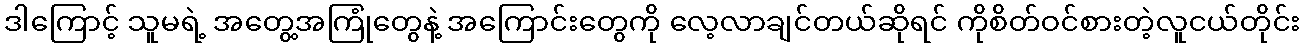
ဒါကြောင့် သူမရဲ့ အတွေ့အကြုံတွေနဲ့ အကြောင်းတွေကို လေ့လာချင်တယ်ဆိုရင် ကိုစိတ်ဝင်စားတဲ့လူငယ်တိုင်း